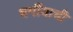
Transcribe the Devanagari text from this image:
धर्मीयाची